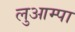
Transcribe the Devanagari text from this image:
लुआम्पा